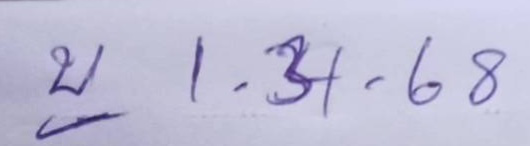
บ 1.31.68